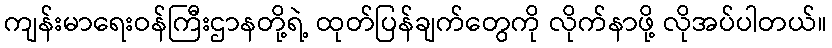
ကျန်းမာရေးဝန်ကြီးဌာနတို့ရဲ့ ထုတ်ပြန်ချက်တွေကို လိုက်နာဖို့ လိုအပ်ပါတယ်။